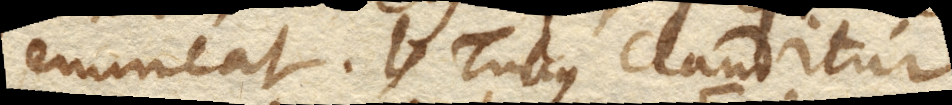
emineat. Tubus clauditur